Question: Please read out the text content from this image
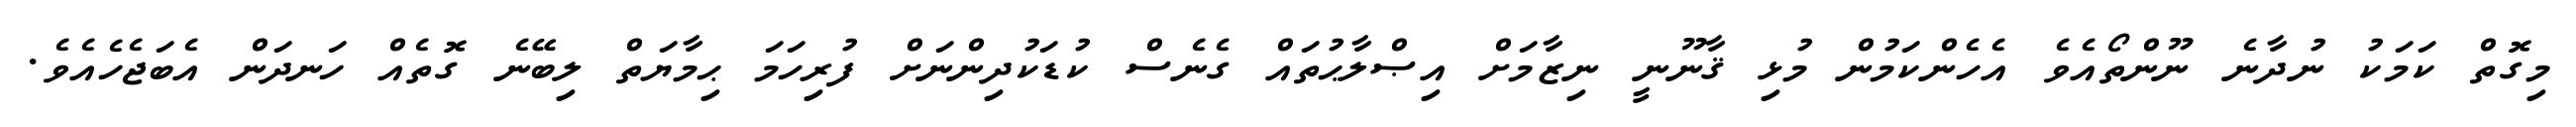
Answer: މިގޮތް ކަމަކު ނުދާނެ ނޫންތޯއެވެ އެހެންކަމުން މުޅި ޤާނޫނީ ނިޒާމަށް އިޞްލާޙުތައް ގެނެސް ކުޑަކުދިންނަށް ފުރިހަމަ ޙިމާޔަތް ލިބޭނެ ގޮތެއް ހަނދަން އެބަޖެހެއެވެ.